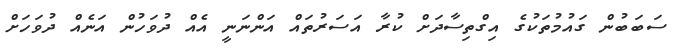
ސަބަބުން ގައުމުތަކުގެ އިގްތިސާދަށް ކުރާ އަސަރުތައް އަންނަނީ އެއް ދުވަހުން އަނެއް ދުވަހަށް